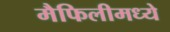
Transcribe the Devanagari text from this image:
मैफिलीमध्ये